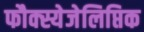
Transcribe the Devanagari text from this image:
फौक्स्येजेलिप्तिक